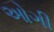
ઓગી